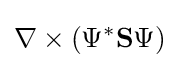
\nabla \times (\Psi ^{*}\mathbf {S} \Psi )